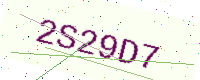
Text: 2S29D7